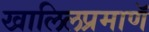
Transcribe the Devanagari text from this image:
खालिलप्रमाणॅ